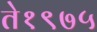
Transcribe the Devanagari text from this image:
ते१९७५